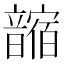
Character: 𩐼